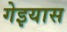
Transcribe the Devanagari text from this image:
गेइयास